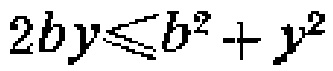
\(2by\leqslant b^{2}+y^{2}\)